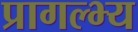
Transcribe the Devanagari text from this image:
प्रागल्भ्य